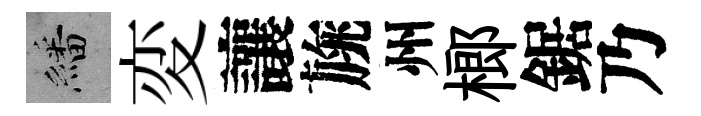
繙変讓旐州榔鋸乃